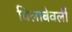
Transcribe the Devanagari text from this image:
विलाबेवर्ली